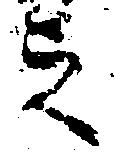
之